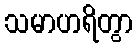
သမာဟရိတွာ